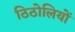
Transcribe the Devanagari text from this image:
ठिठोलियों